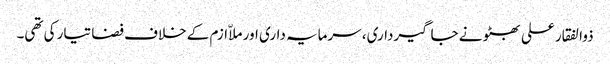
ذوالفقار علی بھٹو نے جاگیرداری، سرمایہ داری اور ملاّ ازم کے خلاف فضا تیار کی تھی۔